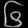
Digit: ၆